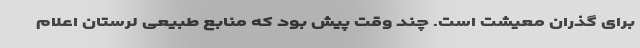
برای گذران معیشت است. چند وقت پیش بود که منابع طبیعی لرستان اعلام